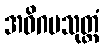
အဓိဂမသုတ္တံ